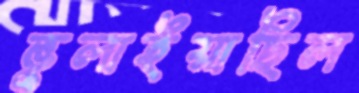
ভুলাইয়াছিল